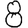
Digit: 8